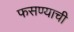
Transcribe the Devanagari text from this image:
फसण्याची